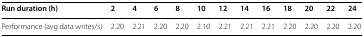
<table><thead><tr><td><b>Run duration (h)</b></td><td><b>2</b></td><td><b>4</b></td><td><b>6</b></td><td><b>8</b></td><td><b>10</b></td><td><b>12</b></td><td><b>14</b></td><td><b>16</b></td><td><b>18</b></td><td><b>20</b></td><td><b>22</b></td><td><b>24</b></td></tr></thead><tbody><tr><td>Performance (avg data writes/s)</td><td>2.20</td><td>2.21</td><td>2.20</td><td>2.20</td><td>2.10</td><td>2.21</td><td>2.21</td><td>2.21</td><td>2.20</td><td>2.20</td><td>2.20</td><td>2.20</td></tr></tbody></table>